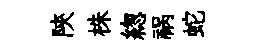
陝株緫祸蛇